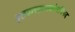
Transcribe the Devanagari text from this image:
वृहदारझयकोपनिषद